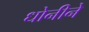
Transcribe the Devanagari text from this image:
धोनीने